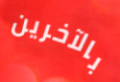
بالآخرين